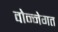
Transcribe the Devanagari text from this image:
वोन्नेगत